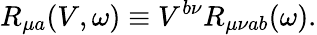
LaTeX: R_{\mu a}(V,\omega)\equiv V^{b\nu}R_{\mu\nu ab}(\omega).